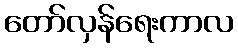
တော်လှန်ရေးကာလ